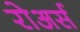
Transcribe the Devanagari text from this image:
रोअर्स